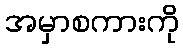
အမှာစကားကို